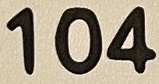
104